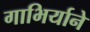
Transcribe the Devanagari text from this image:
गाभिर्याने